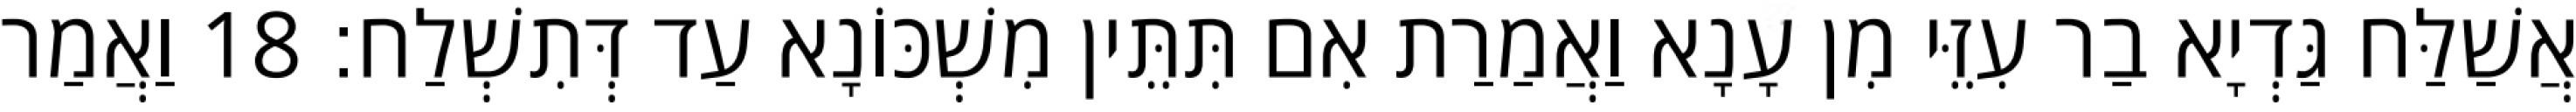
אֲשַׁלַּח גַּדְיָא בַר עִזֵּי מִן עָנָא וַאֲמַרַת אִם תִּתֵּין מִשְׁכּוֹנָא עַד דְּתִשְׁלַח׃ 18 וַאֲמַר